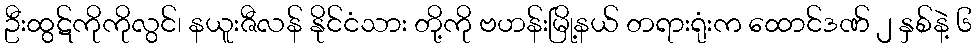
ဦးထွဋ်ကိုကိုလွင်၊ နယူးဇီလန် နိုင်ငံသား တို့ကို ဗဟန်းမြို့နယ် တရားရုံးက ထောင်ဒဏ် ၂ နှစ်နဲ့ ၆